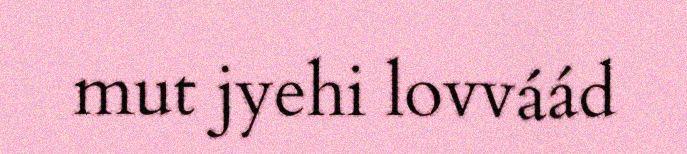
mut jyehi lovváád